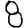
Digit: 8